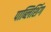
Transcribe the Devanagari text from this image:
पाब्लिशिंग